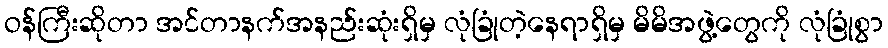
ဝန်ကြီးဆိုတာ အင်တာနက်အနည်းဆုံးရှိမှ လုံခြုံတဲ့နေရာရှိမှ မိမိအဖွဲ့တွေကို လုံခြုံစွာ